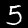
Digit: 5